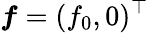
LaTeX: \boldsymbol{f}=(f_{0},0)^{\top}